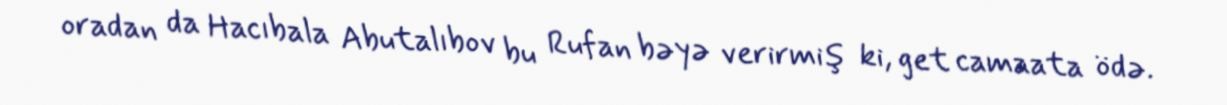
oradan da Hacıbala Abutalıbov bu Rufan bəyə verirmiş ki, get camaata ödə.